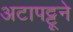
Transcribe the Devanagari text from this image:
अटापट्टूने